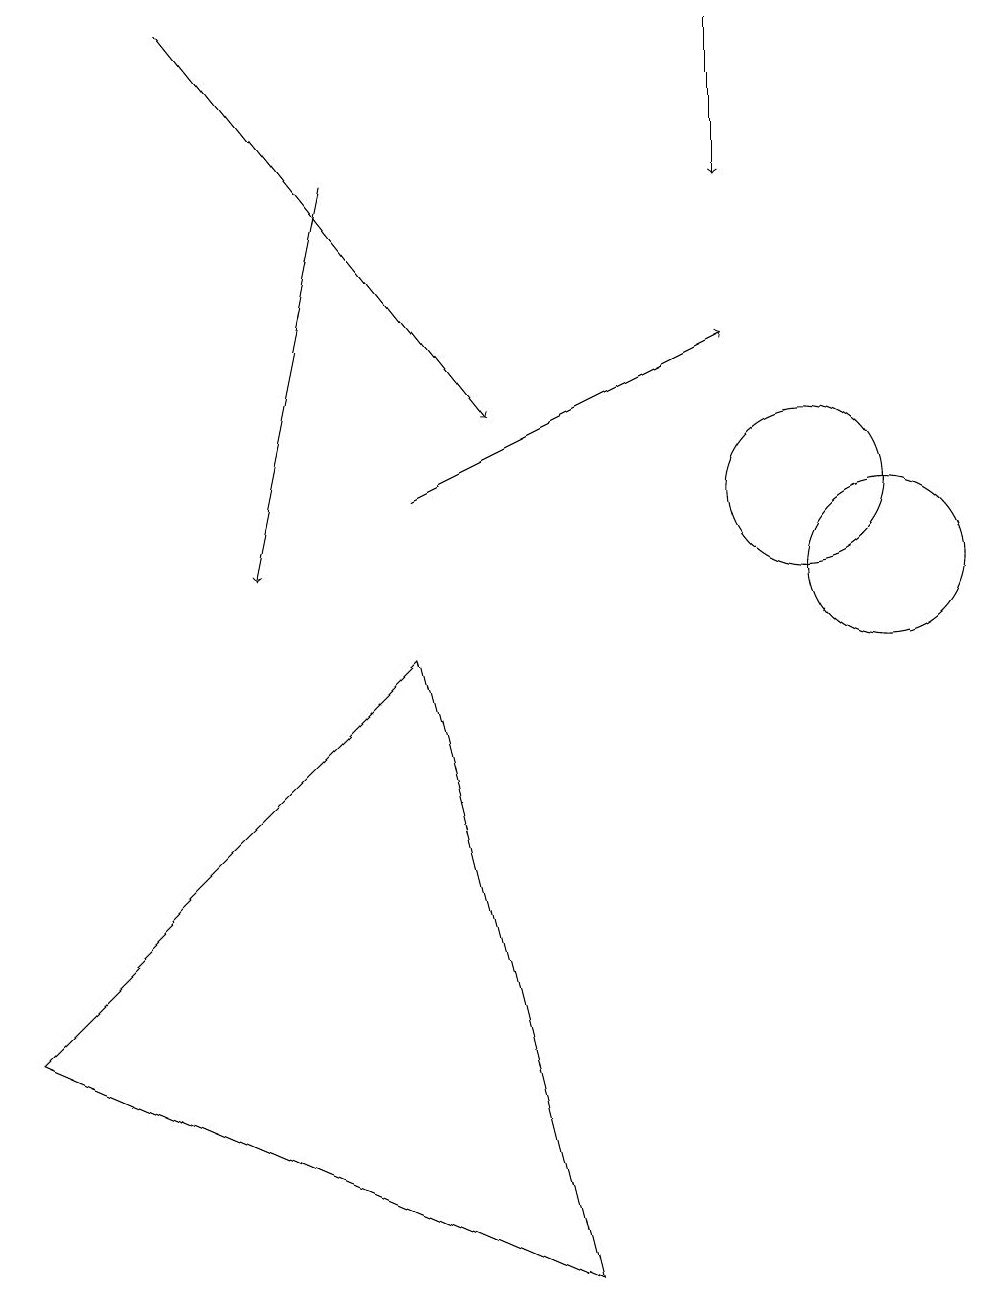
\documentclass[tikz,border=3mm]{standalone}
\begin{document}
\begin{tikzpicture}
\draw (11,10) circle (1);
\draw[->] (2,17) -- (6,12);
\draw (11,11) circle (0);
\draw[->] (5,11) -- (9,13);
\draw (0,4) -- (7,1) -- (5,9) -- cycle;
\draw (10,11) circle (1);
\draw[->] (4,15) -- (3,10);
\draw[->] (9,17) -- (9,15);
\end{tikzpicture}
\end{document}